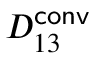
D _ { 1 3 } ^ { \mathsf { c o n v } }